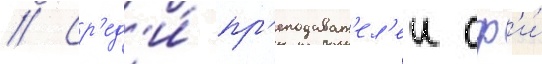
// Ср'ед'и́ пр'еподават'ел'еи сф'и́